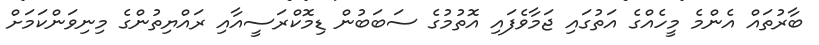
ބާރުތައް އެންމެ މީހެއްގެ އަތުގައި ޖަމާވެފައި އޮތުމުގެ ސަބަބުން ޑިމޮކްރަސީއާއި ރައްޔިތުންގެ މިނިވަންކަމަށް